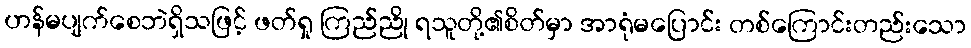
ဟန်မပျက်စေဘဲရှိသဖြင့် ဖတ်ရှု ကြည်ညို ရသူတို့၏စိတ်မှာ အာရုံမပြောင်း တစ်ကြောင်းတည်းသော